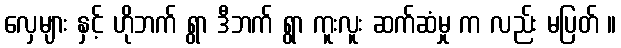
လှေများ နှင့် ဟိုဘက် ရွာ ဒီဘက် ရွာ ကူးလူး ဆက်ဆံမှု က လည်း မပြတ် ။